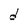
Character: d